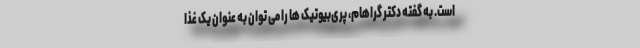
است. به گفته دکتر گراهام، پری‌بیوتیک ها را می توان به عنوان یک غذا